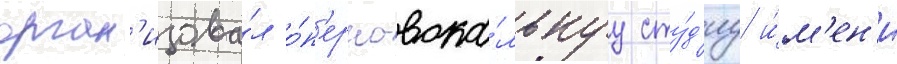
орган'изова́л о́п'ерно-вока́льнуу сту́д'иу и́м'ен'и